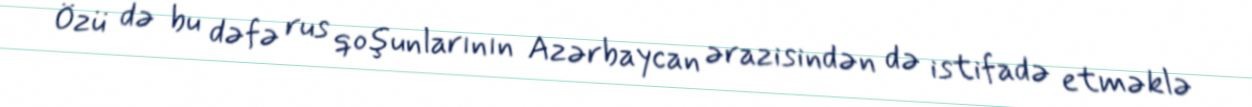
Özü də bu dəfə rus qoşunlarının Azərbaycan ərazisindən də istifadə etməklə